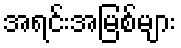
အရင်းအမြစ်များ